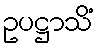
ဥပဋ္ဌာသိံ